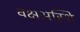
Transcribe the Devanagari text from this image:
वक्षअस्थि